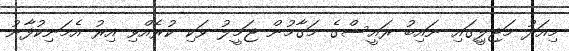
މިއަދު މަޖިލީިގައި ނައިބު ރައީސްގެ މަގާމުން ޖަމީލު ވަކި ކުރެއްވި އިރު އެމަނިކުފާނު